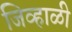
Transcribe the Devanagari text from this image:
जिव्हाळी